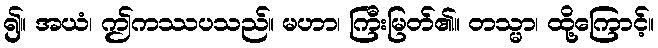
၍။ အယံ၊ ဤကဿပသည်။ မဟာ၊ ကြီးမြတ်၏။ တသ္မာ၊ ထို့ကြောင့်။